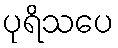
ပုရိသပေ